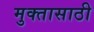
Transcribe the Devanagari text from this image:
मुक्तासाठी